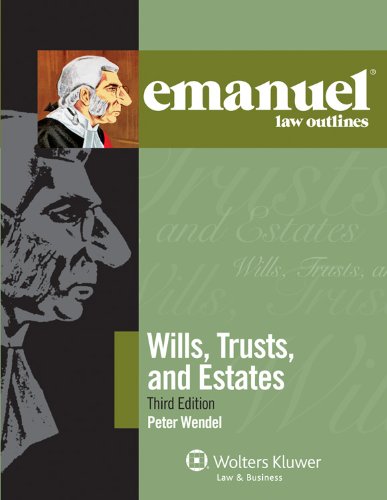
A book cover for Emanuel Law Outlines: Wills Trusts & Estates, Third Edition; Peter Wendel; Law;